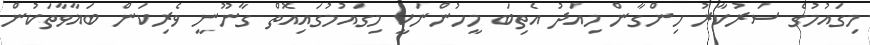
މިގައުމުގެ ސަރުކާރު ހިންގާން މިއަދު އެތިބަ މީހުންނަކީ މިގައުމުގައިއޮތް ގާނޫނީ ވެރިކަން ބަޣާވާތަކުން